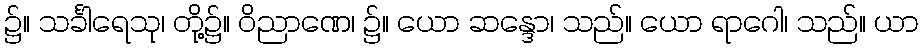
၌။ သင်္ခါရေသု၊ တို့၌။ ဝိညာဏေ၊ ၌။ ယော ဆန္ဒော၊ သည်။ ယော ရာဂေါ၊ သည်။ ယာ